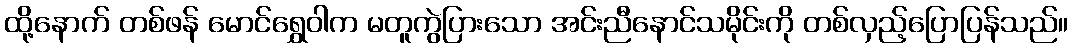
ထို့နောက် တစ်ဖန် မောင်ရွှေဝါက မတူကွဲပြားသော အင်းညီနောင်သမိုင်းကို တစ်လှည့်ပြောပြန်သည်။